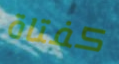
كفتاة